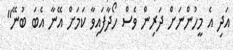
އަދި އެ މީހުންނަށް ދަރިން ވެސް ހޯދާފައިވާ ކަަމަށް އޭނާ އެބަ ބުނޭ"